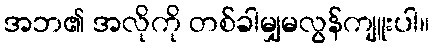
အဘ၏ အလိုကို တစ်ခါမျှမလွန်ကျူးပါ။